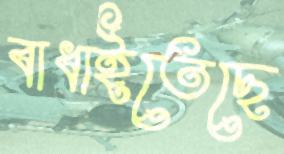
বাধাইতেছে